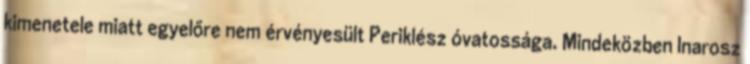
kimenetele miatt egyelőre nem érvényesült Periklész óvatossága. Mindeközben Inarosz